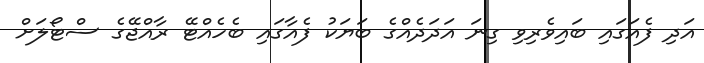
އަދި ފެއަގައި ބައިވެރިވި ގިނަ އަދަދެއްގެ ބަޔަކު ފެއާގައި ބެހެއްޓޭ ރާއްޖޭގެ ސްޓޯލަށް